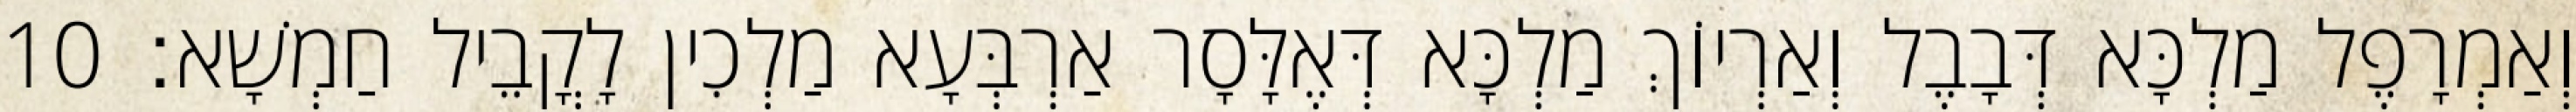
וְאַמְרָפֶל מַלְכָּא דְּבָבֶל וְאַרְיוֹךְ מַלְכָּא דְּאֶלָּסָר אַרְבְּעָא מַלְכִין לָקֳבֵיל חַמְשָׁא׃ 10